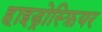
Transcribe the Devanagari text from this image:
हाइड्रोस्फ़ियर